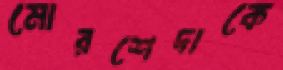
মোরশেদাকে